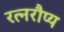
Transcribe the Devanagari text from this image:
रत्नरौप्य